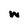
Character: w